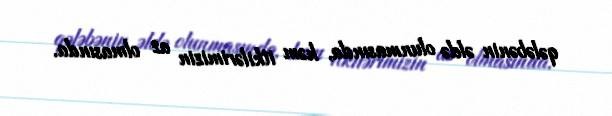
qələbənin əldə olunmasında, həm itkilərimizin az olmasında.